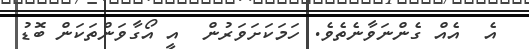
އެ  އެއް ގެންނަވާނެތެވެ. ހަމަކަށަވަރުން  އީ އޯގާވަންތަކަން ބޮޑު